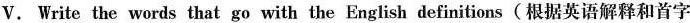
V. Write the words that go with the English definitions(根据英语解释和首字